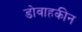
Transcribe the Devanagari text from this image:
डोवाहकीन